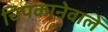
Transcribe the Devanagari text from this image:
चिपकानेवाले